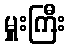
မှူးကြီး